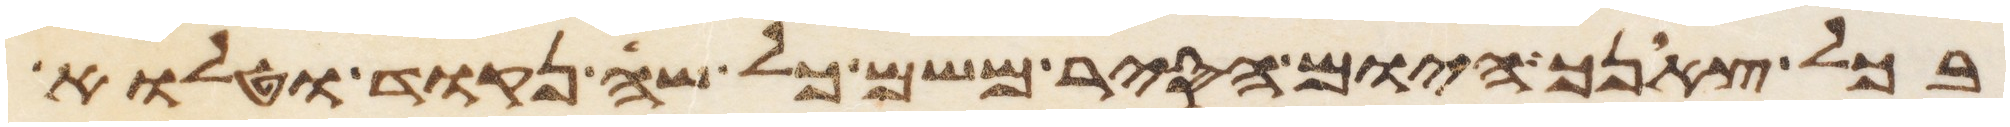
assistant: בכל צאנך היום הסיר משם כל שה נקוד וטלוא